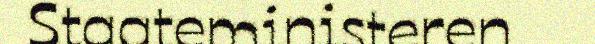
Staateministeren